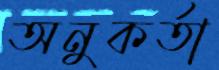
অনুকর্তা